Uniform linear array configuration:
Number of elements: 24
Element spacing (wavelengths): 1
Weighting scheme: hann
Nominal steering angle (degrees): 15
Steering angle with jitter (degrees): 14.181
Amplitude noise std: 0.05
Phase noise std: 0.05

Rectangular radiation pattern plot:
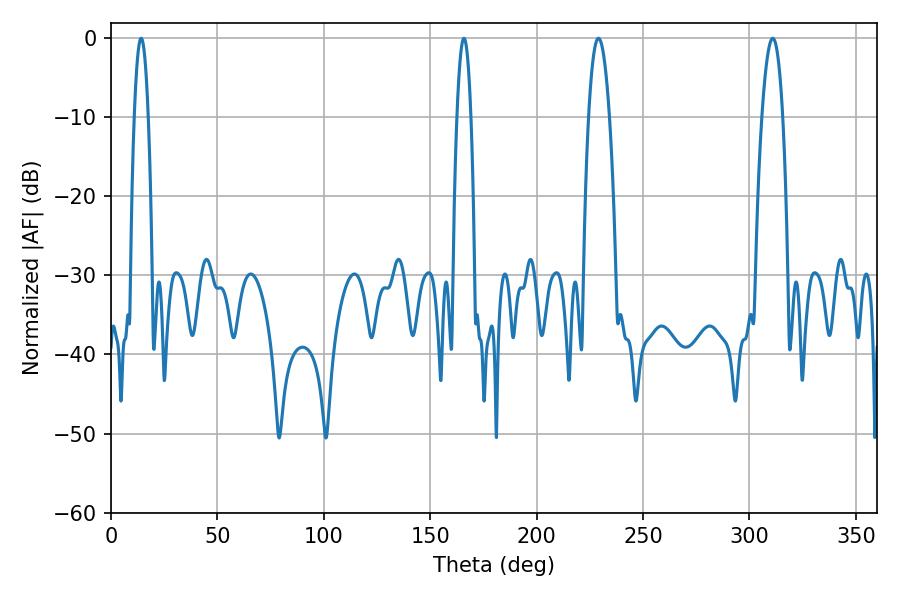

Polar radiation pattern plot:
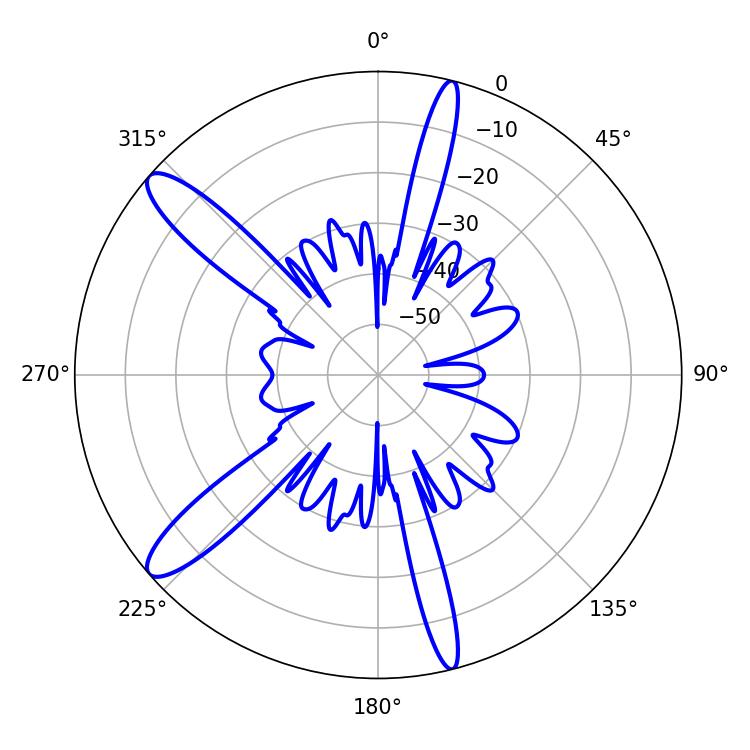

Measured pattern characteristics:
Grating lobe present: TRUE
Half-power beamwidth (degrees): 3.6
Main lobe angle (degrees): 14.22